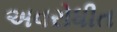
અવરોધીત